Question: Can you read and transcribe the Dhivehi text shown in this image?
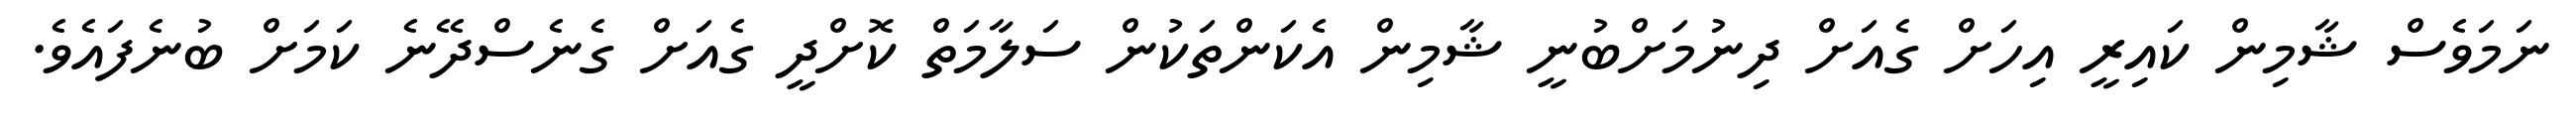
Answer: ނަމަވެސް ޝާމިން ކައިރީ އިހަށް ގެއަށް ދިނުމަށްބުނީ ޝާމިން އެކަންތަކުން ސަލާމަތް ކޮށްދީ ގެއަށް ގެނެސްދޭނެ ކަމަށް ބުނެފައެވެ.